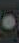
.